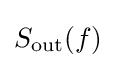
S_{\text{out}}(f)